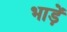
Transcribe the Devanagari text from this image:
भाड़ें